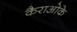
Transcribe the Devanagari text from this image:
कैराओके